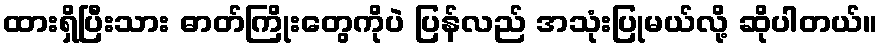
ထားရှိပြီးသား ဓာတ်ကြိုးတွေကိုပဲ ပြန်လည် အသုံးပြုမယ်လို့ ဆိုပါတယ်။